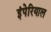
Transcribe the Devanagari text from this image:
इंपेरियाल